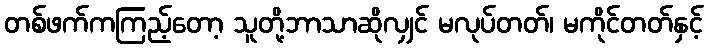
တစ်ဖက်ကကြည့်တော့ သူတို့ဘာသာဆိုလျှင် မလုပ်တတ်၊ မကိုင်တတ်နှင့်